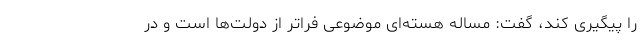
را پیگیری کند، گفت: مساله هسته‌ای موضوعی فراتر از دولت‌ها است و در